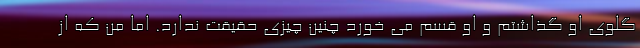
گلوی او گذاشتم و او قسم می خورد چنین چیزی حقیقت ندارد. اما من که از